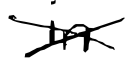
Text: in
Cross-out: cross
Writing tool: digital_black